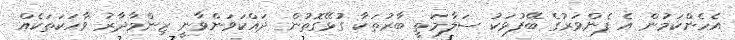
އެހެންކަމުން އެ ފެންވަރުގެ ބޭފުޅަކު ސަލާމަތީ ބާރުތަކާ ގުޅޭގޮތުން ދައްކަވަންވާނީ ޒިންމާދާރު ވާހަކަތަކެއް